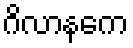
ဂိလာနကေ